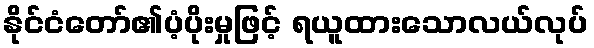
နိုင်ငံတော်၏ပံ့ပိုးမှုဖြင့် ရယူထားသောလယ်လုပ်